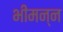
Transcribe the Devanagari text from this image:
भीमन्‍न